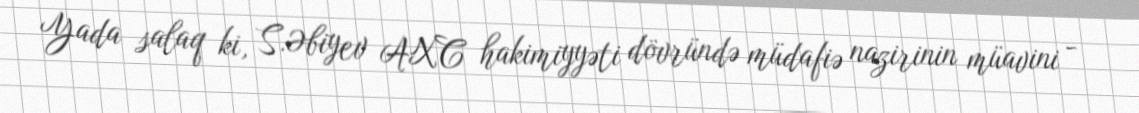
Yada salaq ki, S.Əbiyev AXC hakimiyyəti dövründə müdafiə nazirinin müavini -